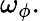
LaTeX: \omega_{\phi}.